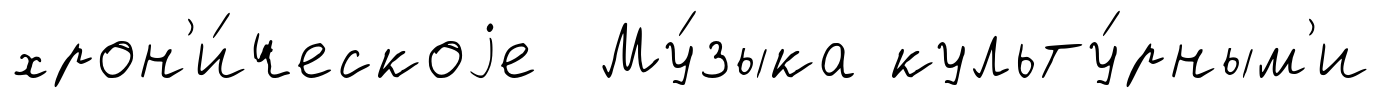
хрон'и́ческоjе Му́зыка культу́рным'и